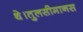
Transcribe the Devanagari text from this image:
थे।तुलसीमानस